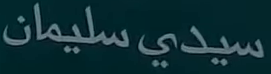
سيدى-سليمان